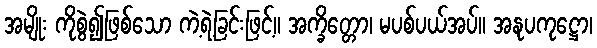
အမျိုး ကိုစွဲ၍ဖြစ်သော ကဲ့ရဲ့ခြင်းဖြင့်။ အက္ခိတ္တော၊ မပစ်ပယ်အပ်။ အနုပကုဋ္ဌော၊